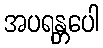
အပရန္တပေါ